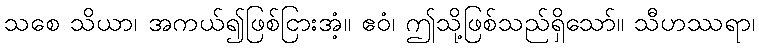
သစေ သိယာ၊ အကယ်၍ဖြစ်ငြားအံ့။ ဧဝံ၊ ဤသို့ဖြစ်သည်ရှိသော်။ သီဟဿရာ၊